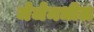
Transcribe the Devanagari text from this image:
जेजेमधील